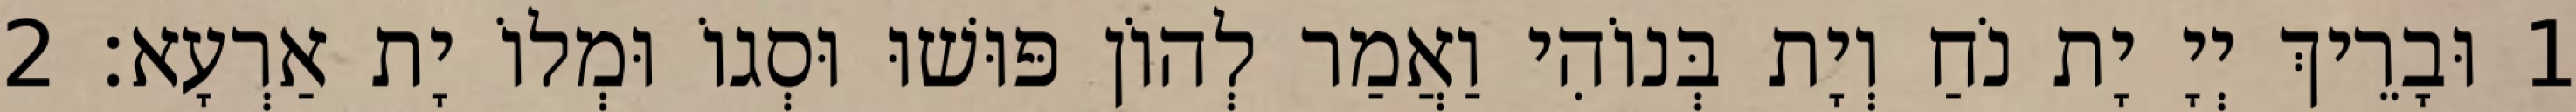
1 וּבָרֵיךְ יְיָ יָת נֹחַ וְיָת בְּנוֹהִי וַאֲמַר לְהוֹן פּוּשׁוּ וּסְגוֹ וּמְלוֹ יָת אַרְעָא׃ 2